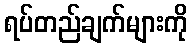
ရပ်တည်ချက်များကို